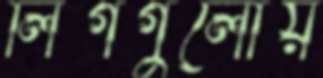
লিগগুলোয়